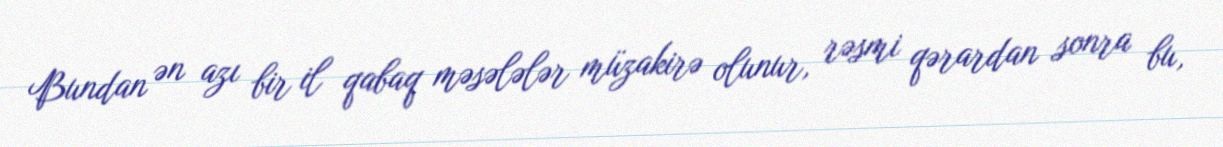
Bundan ən azı bir il qabaq məsələlər müzakirə olunur, rəsmi qərardan sonra bu,